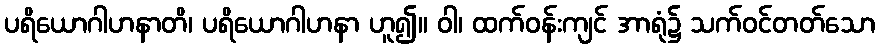
ပရိယောဂါဟနာတိ၊ ပရိယောဂါဟနာ ဟူ၍။ ဝါ၊ ထက်ဝန်းကျင် အာရုံ၌ သက်ဝင်တတ်သော